Report on vaccination in the Province of Bengal - 1874-1889
Year: 1874
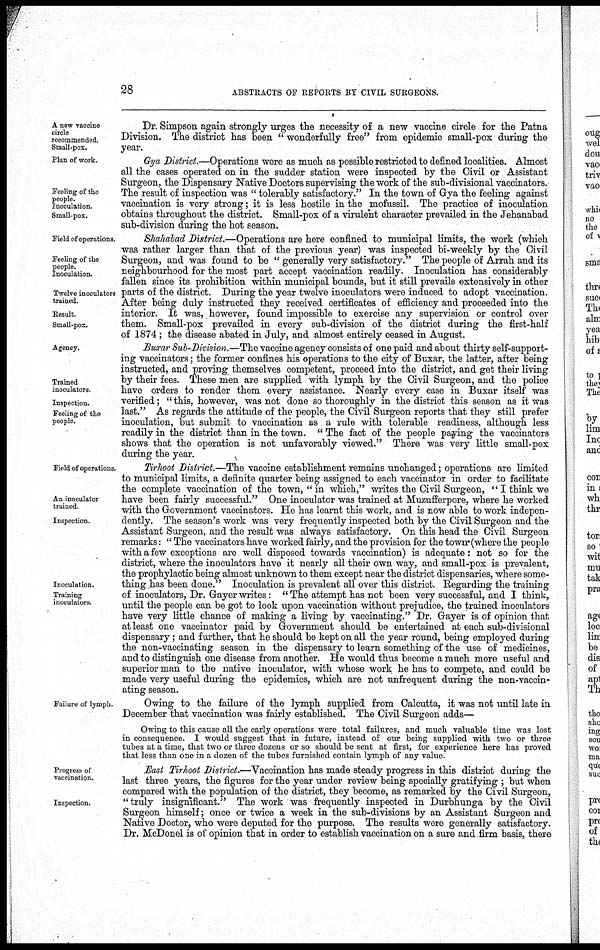
28
ABSTRACTS OF REPORTS BY CIVIL SURGEONS.
A new vaccine
circle
recommended.
Small-pox.
Dr. Simpson again strongly urges the necessity of a new vaccine circle for the Patna
Division. The district has been " wonderfully free" from epidemic small-pox during the
year.
Plan of work.
Feeling of the
people.
Inoculation.
Small-pox.
Gya District.—Operations were as much as possible restricted to defined localities. Almost
all the cases operated on in the sudder station were inspected by the Civil or Assistant
Surgeon, the Dispensary Native Doctors supervising the work of the sub-divisional vaccinators.
The result of inspection was " tolerably satisfactory." In the town of Gya the feeling against
vaccination is very strong; it is less hostile in the mofussil. The practice of inoculation
obtains throughout the district. Small-pox of a virulent character prevailed in the Jehanabad
sub-division during the hot season.
Field of operations.
Feeling of the
people.
Inoculation.
Twelve inoculators
trained.
Result.
Small-pox.
Shahabad District.—Operations are here confined to municipal limits, the work (which
was rather larger than that of the previous year) was inspected bi-weekly by the Civil
Surgeon, and was found to be " generally very satisfactory." The people of Arrah and its
neighbourhood for the most part accept vaccination readily. Inoculation has considerably
fallen since its prohibition within municipal bounds, but it still prevails extensively in other
parts of the district. During the year twelve inoculators were induced to adopt vaccination.
After being duly instructed they received certificates of efficiency and proceeded into the
interior. It was, however, found impossible to exercise any supervision or control over
them. Small-pox prevailed in every sub-division of the district during the first-half
of 1874; the disease abated in July, and almost entirely ceased in August.
Agency.
Trained
inoculators.
Inspection.
Feeling of the
people.
Buxar Sub-Division.—The vaccine agency consists of one paid and about thirty self-support-
ing vaccinators; the former confines his operations to the city of Buxar, the latter, after being
instructed, and proving themselves competent, proceed into the district, and get their living
by their fees. These men are supplied with lymph by the Civil Surgeon, and the police
have orders to render them every assistance. Nearly every case in Buxar itself was
verified; " this, however, was not done so thoroughly in the district this season as it was
last." As regards the attitude of the people, the Civil Surgeon reports that they still prefer
inoculation, but submit to vaccination as a rule with tolerable readiness, although less
readily in the district than in the town. " The fact of the people paying the vaccinators
shows that the operation is not unfavorably viewed." There was very little small-pox
during the year.
Field of operations.
An inoculator
trained.
Inspection.
Inoculation.
Training
inoculators.
Tirhoot District.—The vaccine establishment remains unchanged; operations are limited
to municipal limits, a definite quarter being assigned to each vaccinator in order to facilitate
the complete vaccination of the town, " in which," writes the Civil Surgeon, "I think we
have been fairly successful." One inoculator was trained at Muzufferpore, where he worked
with the Government vaccinators. He has learnt this work, and is now able to work indepen-
dently. The season's work was very frequently inspected both by the Civil Surgeon and the
Assistant Surgeon, and the result was always satisfactory. On this head the Civil Surgeon
remarks: " The vaccinators have worked fairly, and the provision for the town (where the people
with a few exceptions are well disposed towards vaccination) is adequate: not so for the
district, where the inoculators have it nearly all their own way, and small-pox is prevalent,
the prophylactic being almost unknown to them except near the district dispensaries, where some-
thing has been done." Inoculation is prevalent all over this district. Regarding the training
of inoculators, Dr. Gayer writes: "The attempt has not been very successful, and I think,
until the people can be got to look upon vaccination without prejudice, the trained inoculators
have very little chance of making a living by vaccinating." Dr. Gayer is of opinion that
at least one vaccinator paid by Government should be entertained at each sub-divisional
dispensary; and further, that he should be kept on all the year round, being employed during
the non-vaccinating season in the dispensary to learn something of the use of medicines,
and to distinguish one disease from another. He would thus become a much more useful and
superior man to the native inoculator, with whose work he has to compete, and could be
made very useful during the epidemics, which are not unfrequent during the non-vaccin-
ating season.
Failure of lymph.
Owing to the failure of the lymph supplied from Calcutta, it was not until late in
December that vaccination was fairly established. The Civil Surgeon adds—
Owing to this cause all the early operations were total failures, and much valuable time was lost
in consequence. I would suggest that in future, instead of our being supplied with two or three
tubes at a time, that two or three dozens or so should be sent at first, for experience here has proved
that less than one in a dozen of the tubes furnished contain lymph of any value.
Progress of
vaccination.
Inspection.
East Tirhoot District.—Vaccination has made steady progress in this district during the
last three years, the figures for the year under review being specially gratifying ; but when
compared with the population of the district, they become, as remarked by the Civil Surgeon,
"truly insignificant." The work was frequently inspected in Durbhunga by the Civil
Surgeon himself; once or twice a week in the sub-divisions by an Assistant Surgeon and
Native Doctor, who were deputed for the purpose. The results were generally satisfactory.
Dr. McDonel is of opinion that in order to establish vaccination on a sure and firm basis, there